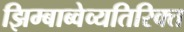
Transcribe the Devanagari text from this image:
झिम्बाब्वेव्यतिरिक्त